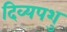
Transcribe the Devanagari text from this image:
दिव्यपशु